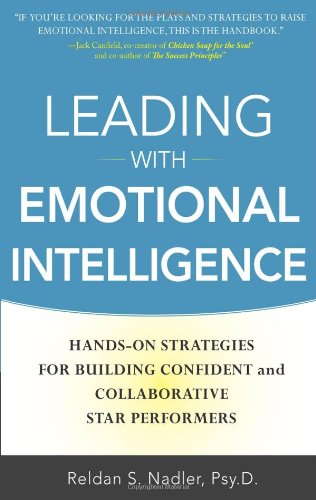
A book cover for Leading with Emotional Intelligence: Hands-On Strategies for Building Confident and Collaborative Star Performers; Reldan Nadler; Self-Help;